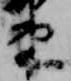
束